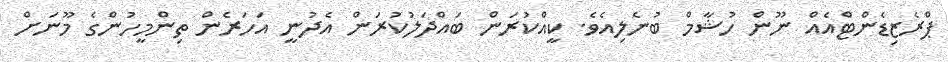
ޕްރެޒިޑެންޓްއެއް ނޫން ހުޝާމް ބުނެލިއެވެ. ކީއްކުރަން ބައްދަލުކުރަން އެދުނީ އަހަރެން ތިންމީހުންގެ މޫނަށް